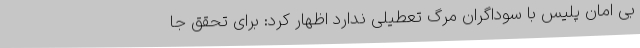
بی امان پلیس با سوداگران مرگ تعطیلی ندارد اظهار کرد: برای تحقق جا